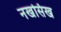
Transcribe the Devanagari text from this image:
नखसिख